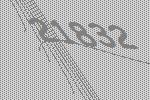
21832